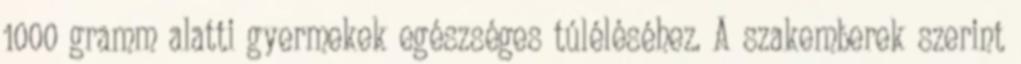
1000 gramm alatti gyermekek egészséges túléléséhez. A szakemberek szerint